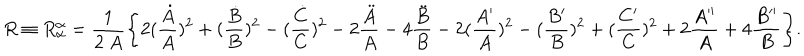
R \equiv R _ { \alpha } ^ { \alpha } = \frac { 1 } { 2 ~ A } \Biggl \{ 2 ( \frac { \dot { A } } { A } ) ^ { 2 } + ( \frac { \dot { B } } { B } ) ^ { 2 } - ( \frac { \dot { C } } { C } ) ^ { 2 } - 2 \frac { \ddot { A } } { A } - 4 \frac { \ddot { B } } { B } - 2 ( \frac { A ^ { \prime } } { A } ) ^ { 2 } - ( \frac { B ^ { \prime } } { B } ) ^ { 2 } + ( \frac { C ^ { \prime } } { C } ) ^ { 2 } + 2 \frac { A ^ { \prime \prime } } { A } + 4 \frac { B ^ { \prime \prime } } { B } \Biggr \} .